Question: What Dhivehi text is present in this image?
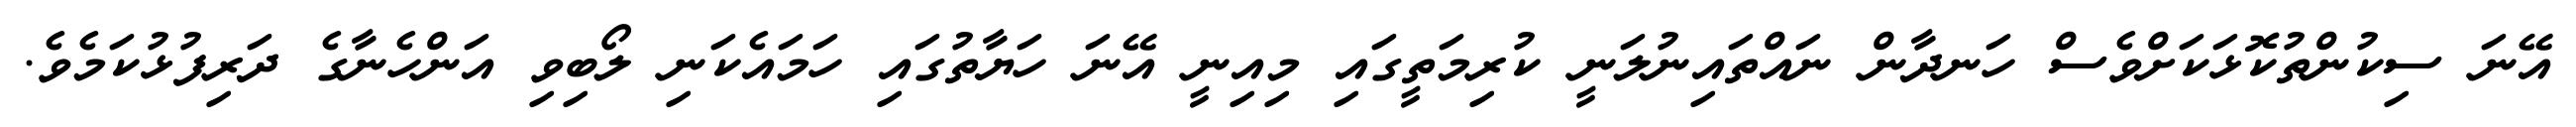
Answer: އޭނަ ސިކުންތުކޮޅަކަށްވެސް ހަނދާން ނައްތައިނުލަނީ ކުރިމަތީގައި މިއިނީ އޭނަ ހަޔާތުގައި ހަމައެކަނި ލޯބިވި އަންހެނާގެ ދަރިފުޅުކަމެވެ.